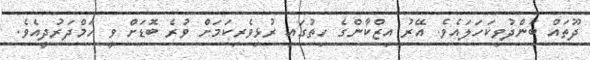
ދޫތައް ބަންދުވިކަހަލައެވެ. އޭރު އިޒްކާންގެ ހިތުގައި ރުޅިވެރިކަމަށް ވުރެ ބޮޑަށް ވީ ހަމްދަރުދީއެވެ.